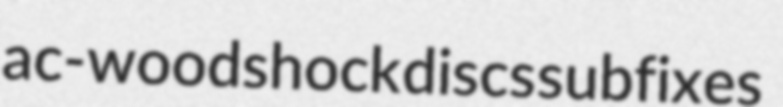
ac- woodshock discs subfixes